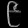
Digit: ၉